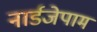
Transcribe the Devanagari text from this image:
नार्डजेपाम